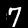
Label: 7